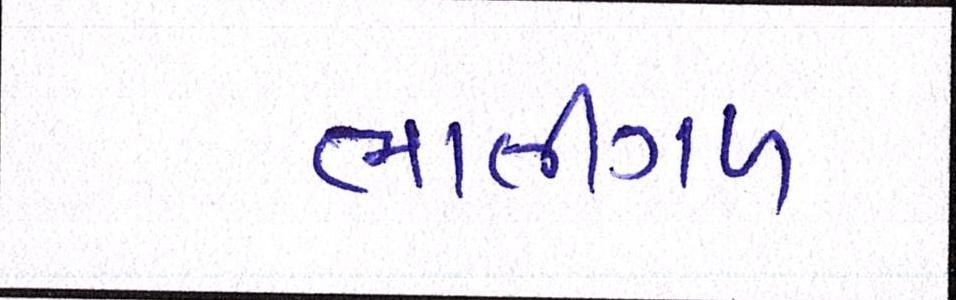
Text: ભાતીગળ